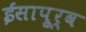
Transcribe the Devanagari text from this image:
ईसापू्र्व